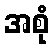
အစုံ